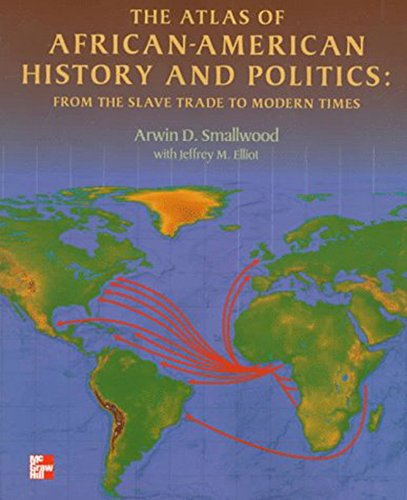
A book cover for The Atlas of African-American History and Politics: From the Slave Trade to Modern Times; Arwin Smallwood; History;